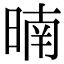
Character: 暔